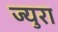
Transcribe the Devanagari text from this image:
ज्युरा